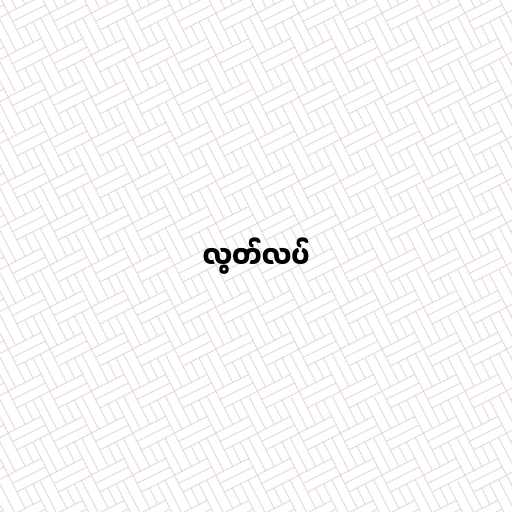
လွတ်လပ်